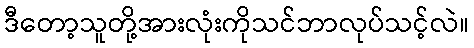
ဒီတော့သူတို့အားလုံးကိုသင်ဘာလုပ်သင့်လဲ။